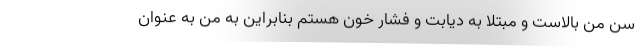
سن من بالاست و مبتلا به دیابت و فشار خون هستم بنابراین به من به عنوان